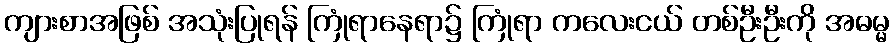
ကျားစာအဖြစ် အသုံးပြုရန် ကြုံရာနေရာ၌ ကြုံရာ ကလေးငယ် တစ်ဦးဦးကို အဓမ္မ